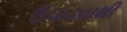
ઉપાડવાથી